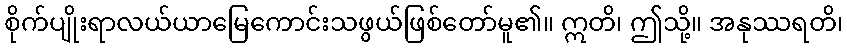
စိုက်ပျိုးရာလယ်ယာမြေကောင်းသဖွယ်ဖြစ်တော်မူ၏။ ဣတိ၊ ဤသို့။ အနုဿရတိ၊